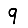
Digit: 9